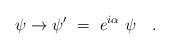
\begin{align*}\psi \to \psi ' ~=~ e^{i\alpha} ~ \psi \quad . \end{align*}